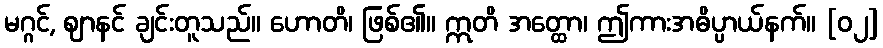
မဂ္ဂင်, ဈာနင် ချင်းတူသည်။ ဟောတိ၊ ဖြစ်၏။ ဣတိ အတ္ထော၊ ဤကားအဓိပ္ပာယ်နက်။ [၀၂]